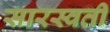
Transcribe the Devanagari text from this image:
सारस्वती